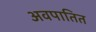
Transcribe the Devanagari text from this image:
अवपातित